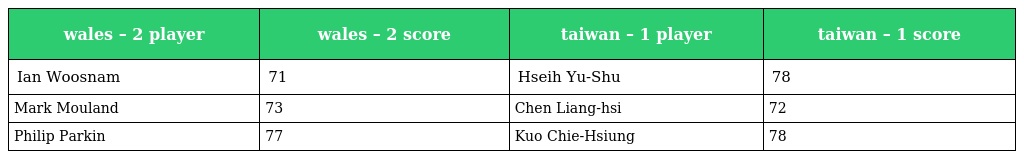
| wales – 2 player | wales – 2 score | taiwan – 1 player | taiwan – 1 score |
 | --- | --- | --- | --- |
 | Ian Woosnam | 71 | Hseih Yu-Shu | 78 |
 | Mark Mouland | 73 | Chen Liang-hsi | 72 |
 | Philip Parkin | 77 | Kuo Chie-Hsiung | 78 |